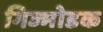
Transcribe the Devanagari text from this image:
गिज्मोडक